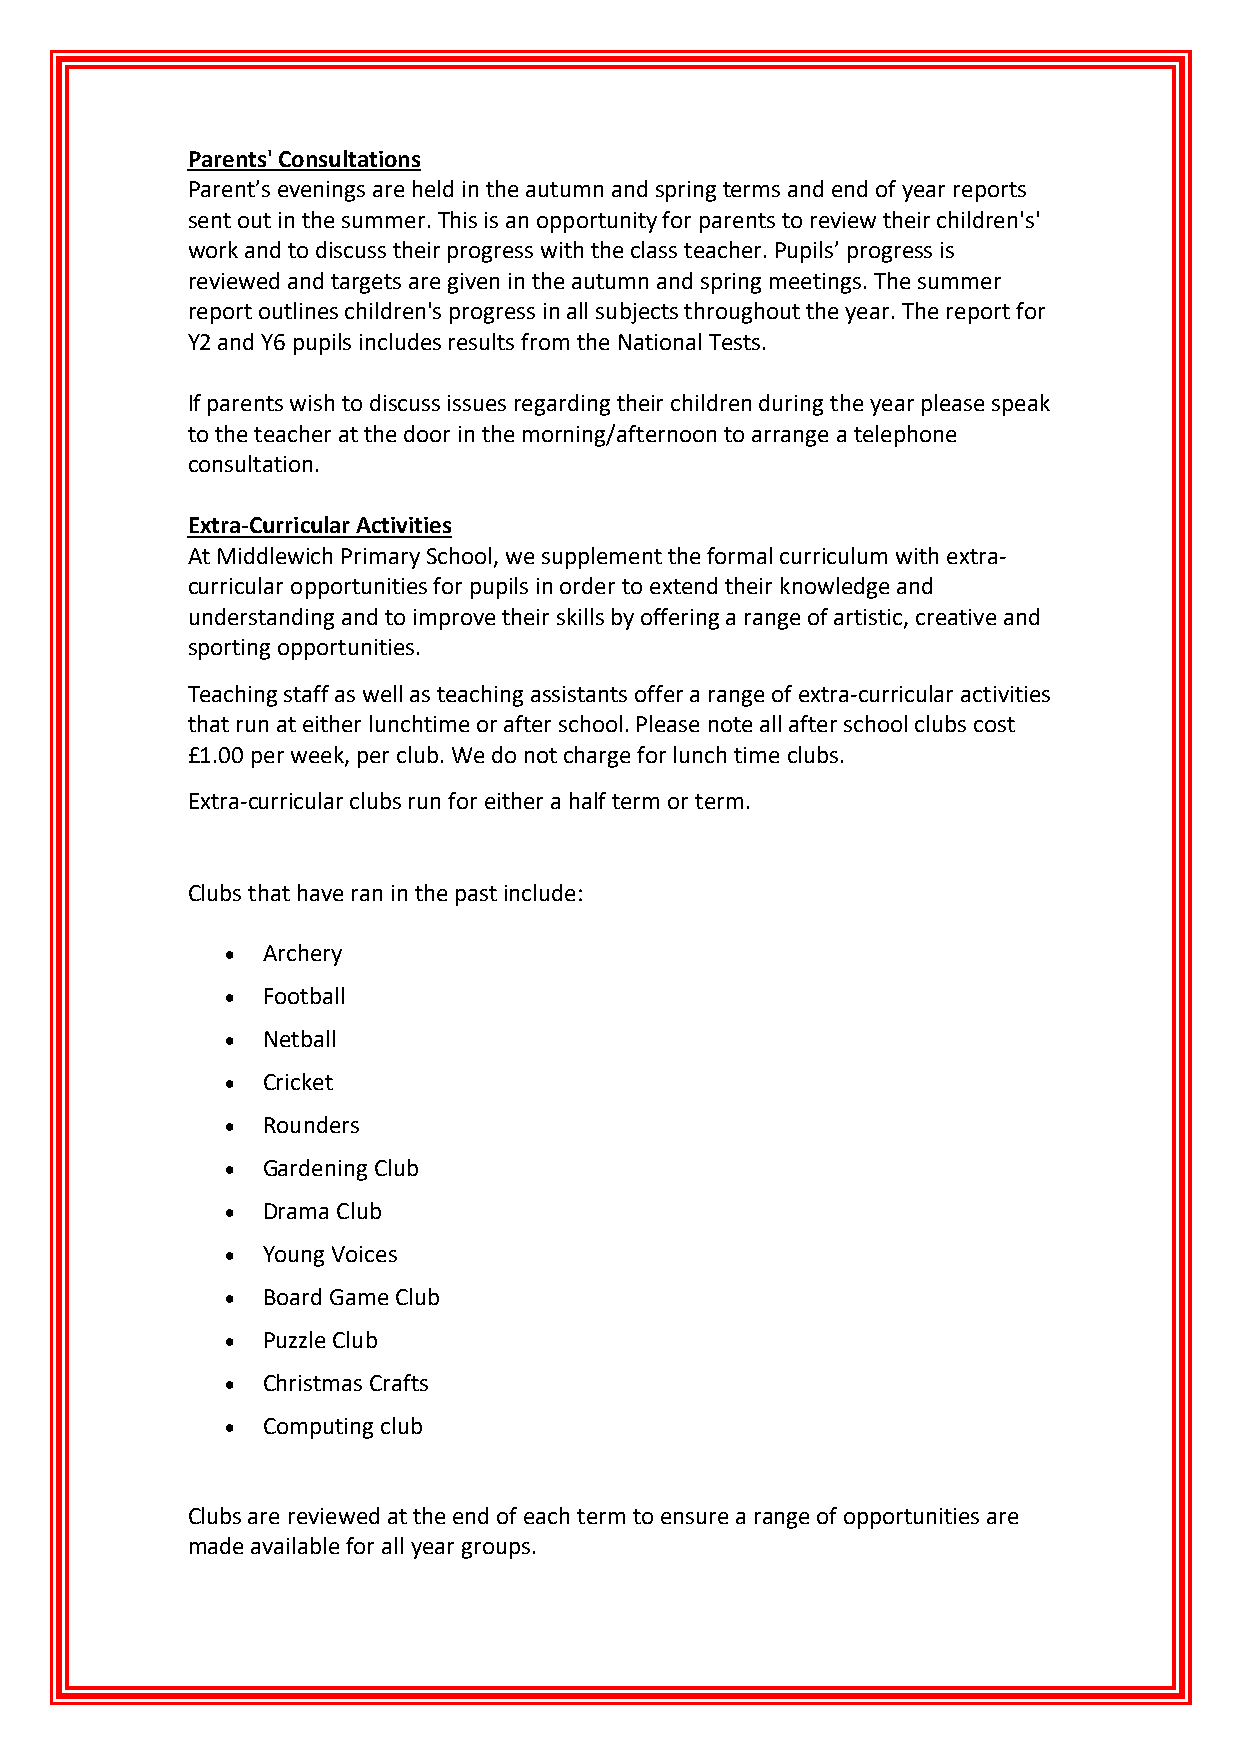
Parents' Consultations
 Parent’s evenings are held in the autumn and spring terms and end of year reports
 sent out in the summer. This is an opportunity for parents to review their children's'
 work and to discuss their progress with the class teacher. Pupils’ progress is
 reviewed and targets are given in the autumn and spring meetings. The summer
 report outlines children's progress in all subjects throughout the year. The report for
 Y2 and Y6 pupils includes results from the National Tests.
 If parents wish to discuss issues regarding their children during the year please speak
 to the teacher at the door in the morning/afternoon to arrange a telephone
 consultation.
 Extra-Curricular Activities
 At Middlewich Primary School, we supplement the formal curriculum with extra-
 curricular opportunities for pupils in order to extend their knowledge and
 understanding and to improve their skills by offering a range of artistic, creative and
 sporting opportunities.
 Teaching staff as well as teaching assistants offer a range of extra-curricular activities
 that run at either lunchtime or after school. Please note all after school clubs cost
 £1.00 per week, per club. We do not charge for lunch time clubs.
 Extra-curricular clubs run for either a half term or term.
 Clubs that have ran in the past include:
 • Archery
 • Football
 • Netball
 • Cricket
 • Rounders
 • Gardening Club
 • Drama Club
 • Young Voices
 • Board Game Club
 • Puzzle Club
 • Christmas Crafts
 • Computing club
 Clubs are reviewed at the end of each term to ensure a range of opportunities are
 made available for all year groups.